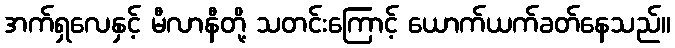
အက်ရှလေနှင့် မီလာနီတို့ သတင်းကြောင့် ယောက်ယက်ခတ်နေသည်။